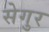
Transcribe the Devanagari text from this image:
सेगुर